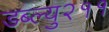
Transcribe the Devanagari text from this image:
डब्ल्यु२११